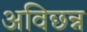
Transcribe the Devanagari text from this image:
अविछन्न